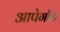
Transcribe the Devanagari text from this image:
आपेगाँव